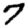
Digit: 7